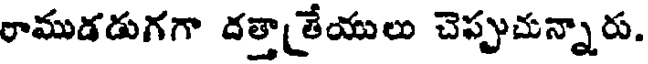
రాముడడుగగా దత్తాత్రేయులు చెప్పుచున్నారు.